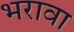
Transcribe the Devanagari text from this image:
भरावा